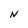
Character: N